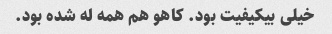
خیلی بیکیفیت بود. کاهو هم همه له شده بود.